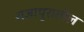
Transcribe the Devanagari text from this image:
राजापुरातील